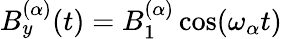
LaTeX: B_{y}^{(\alpha)}(t)=B_{1}^{(\alpha)}\cos(\omega_{\alpha}t)